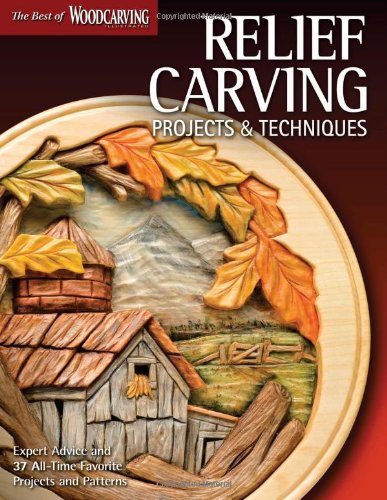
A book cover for Relief Carving Projects & Techniques (Best of WCI): Expert Advice and 37 All-Time Favorite Projects and Patterns (Best of Woodcarving); Editors of Woodcarving Illustrated; Crafts, Hobbies & Home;